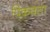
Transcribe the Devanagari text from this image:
पिकवता